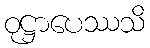
ဝုဋ္ဌာပေဿသိ